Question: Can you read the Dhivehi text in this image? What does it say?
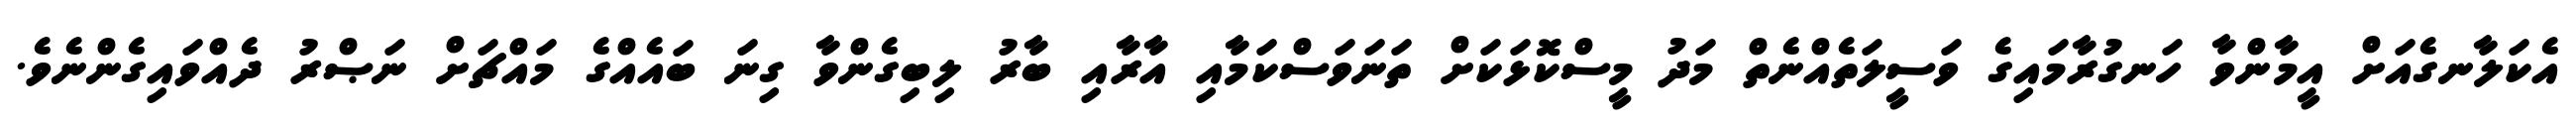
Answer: އެކަލާނގެއަށް އީމާންވާ ހަނގުރާމައިގެ ވަސީލަތެއްނެތް މަދު މީސްކޮޅަކަށް ތަނަވަސްކަމާއި އާރާއި ބާރު ލިބިގެންވާ ގިނަ ބައެއްގެ މައްޗަށް ނަޞްރު ދެއްވައިގެންނެވެ.